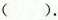
().